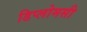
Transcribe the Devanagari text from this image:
डिप्लोमसी